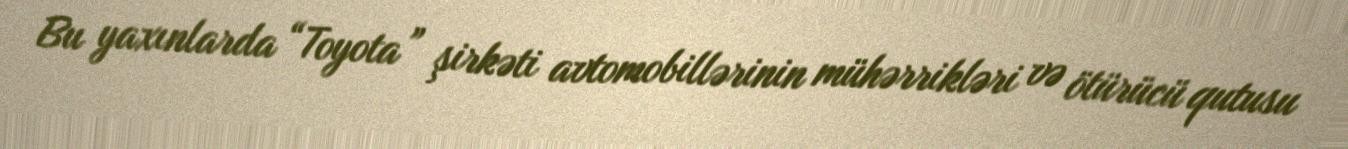
Bu yaxınlarda “Toyota” şirkəti avtomobillərinin mühərrikləri və ötürücü qutusu